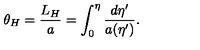
\theta _ { H } = { \frac { L _ { H } } { a } } = \int _ { 0 } ^ { \eta } { \frac { d \eta ^ { \prime } } { a ( \eta ^ { \prime } ) } } .